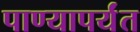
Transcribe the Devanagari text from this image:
पाण्यापर्यंत